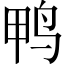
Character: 鸭